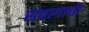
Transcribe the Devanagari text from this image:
संत्रागाची